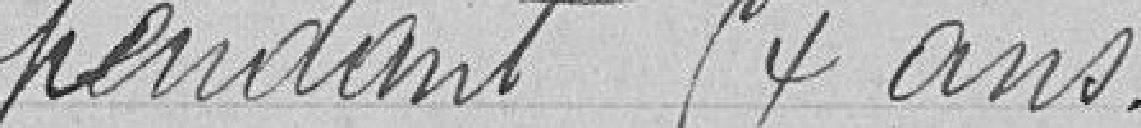
pendant 84 ans.